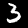
Digit: 3